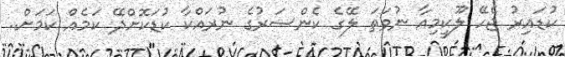
ކުޑައިރު ޖެހޭ ލޫކީމިއާ ނުވަތަ ލޭގެ ކެންސަރުގެ ނުރައްކާ ކުޑަކޮށްދޭ ކަމެއް ކަމަށް..